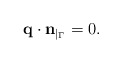
\begin{align*}{\bf q} \cdot {\bf n}_{|_{\Gamma}} = 0.\end{align*}